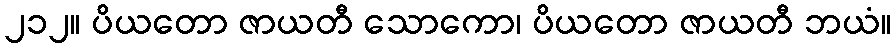
၂၁၂။ ပိယတော ဇာယတီ သောကော၊ ပိယတော ဇာယတီ ဘယံ။